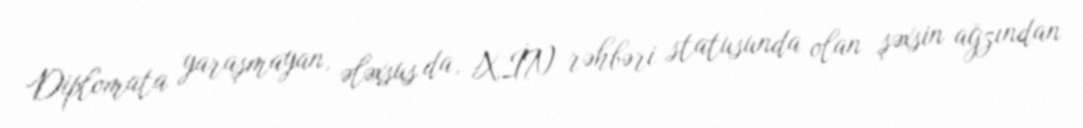
Diplomata yaraşmayan, ələxsus da, XİN rəhbəri statusunda olan şəxsin ağzından